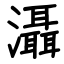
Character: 灄